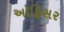
અૉફિસર